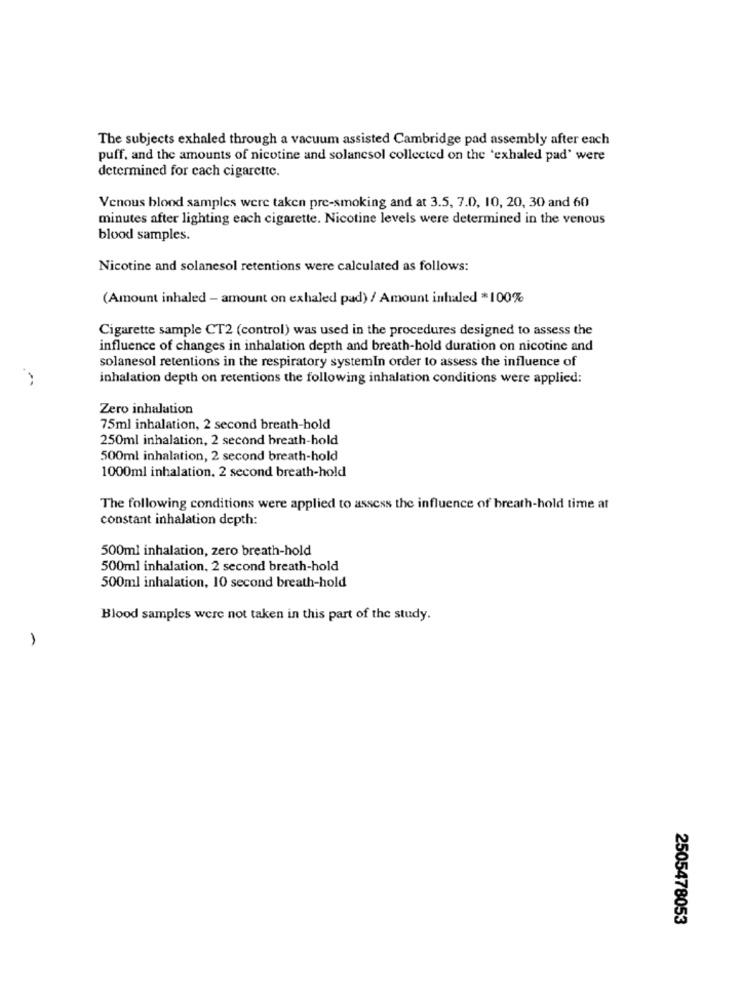
The subjects exhaled through a vacuum assisted Cambridge pad assembly after each
puff, and the amounts of nicotine and solancsol collected on the 'exhaled pad' were
determined for cach cigarette.
Venous blood samples were taken pre-smoking and at 3.5, 7.0, 10, 20, 30 and 60
minutes after lighting each cigarette. Nicotine levels were determined in the venous
blood samples.
Nicotine and solanesol retentions were calculated as follows:
(Amount inhaled - amount on exhaled pad) / Amount inhaled *100%
Cigarette sample CT2 (control) was used in the procedures designed to assess the
influence of changes in inhalation depth and breath-hold duration on nicotine and
solanesol retentions in the respiratory systemIn order to assess the influence of
inhalation depth on retentions the following inhalation conditions were applied:
Zero inhalation
75ml inhalation, 2 second breath-hold
250ml inhalation, 2 second breath-hold
500ml inhalation, 2 second breath-hold
1000ml inhalation, 2 second breath-hold
The following conditions were applied to assess the influence of breath-hold time at
constant inhalation depth:
500ml inhalation, zero breath-hold
500ml inhalation, 2 second breath-hold
500ml inhalation, 10 second breath-hold
Blood samples were not taken in this part of the study.
1
2505478053